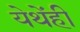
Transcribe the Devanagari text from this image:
येथेंही